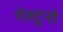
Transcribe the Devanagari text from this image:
गेस्टुनो